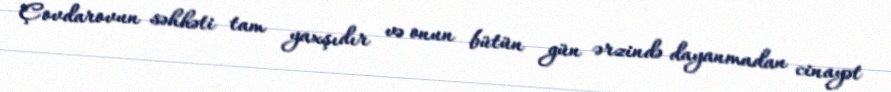
Çovdarovun səhhəti tam yaxşıdır və onun bütün gün ərzində dayanmadan cinayət